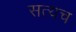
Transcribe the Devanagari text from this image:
सत्यच